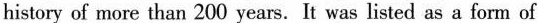
history of more than 200 years. It was listed as a form of